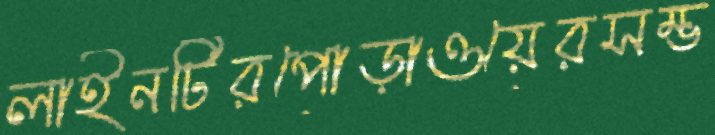
লাইনটিরপোড়াওয়েরসম্ভ